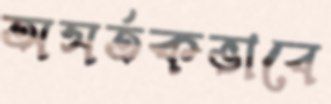
অসর্তকভাবে